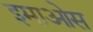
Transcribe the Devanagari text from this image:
इमाओस